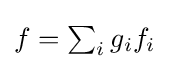
{\textstyle f=\sum _{i}g_{i}f_{i}}